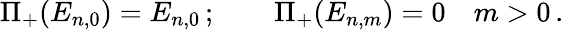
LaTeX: \Pi_{+}(E_{n,0})=E_{n,0}\, ;\qquad\Pi_{+}(E_{n,m})=0\quad m>0\, .